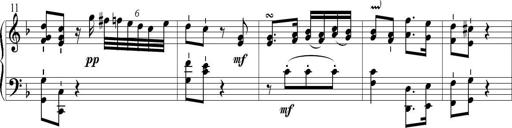
Title: 6 Leichte Sonatinen, Teil 1
Composer: F. Sigismund Sander